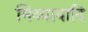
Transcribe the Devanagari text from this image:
मिथ्यावादि